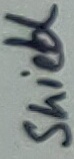
Text: shield